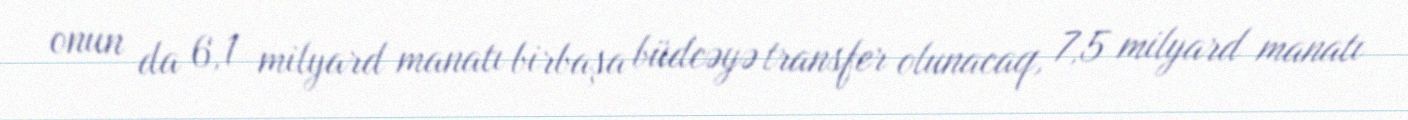
onun da 6,1 milyard manatı birbaşa büdcəyə transfer olunacaq, 7,5 milyard manatı